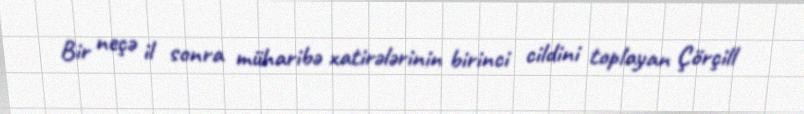
Bir neçə il sonra müharibə xatirələrinin birinci cildini toplayan Çörçill